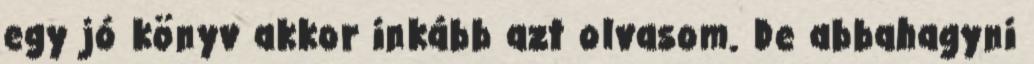
egy jó könyv akkor inkább azt olvasom. De abbahagyni